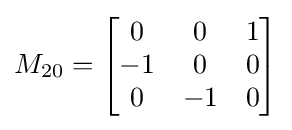
M_{20}={\begin{bmatrix}0&0&1\\-1&0&0\\0&-1&0\end{bmatrix}}